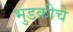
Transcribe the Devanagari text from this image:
भुडकीचे